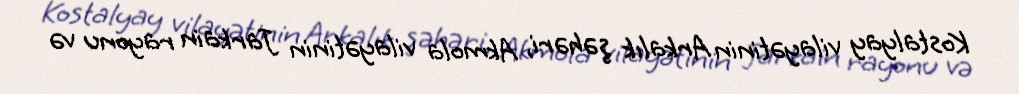
Kostalyay vilayətinin Arkalık şəhəri, Akmola vilayətinin Jarkain rayonu və